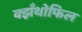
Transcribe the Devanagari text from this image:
क्झँथोफिल